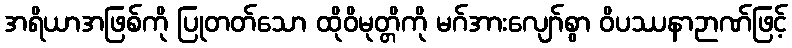
အရိယာအဖြစ်ကို ပြုတတ်သော ထိုဝိမုတ္တိကို မဂ်အားလျော်စွာ ဝိပဿနာဉာဏ်ဖြင့်